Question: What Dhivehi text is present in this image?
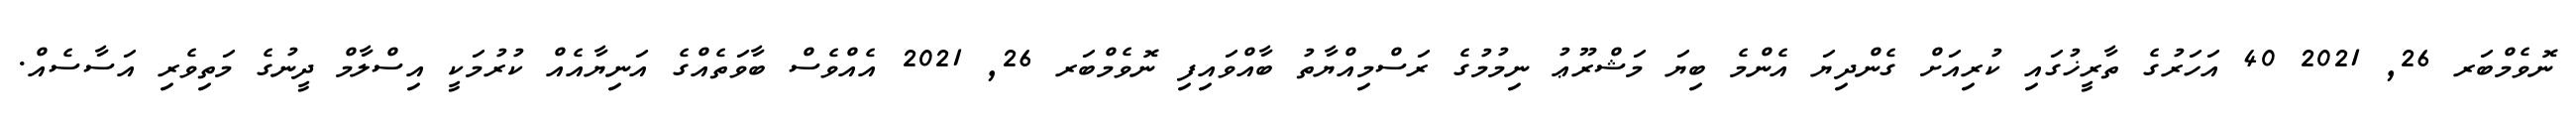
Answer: ނޮވެމްބަރ 26, 2021 40 އަހަރުގެ ތާރީޚުގައި ކުރިއަށް ގެންދިޔަ އެންމެ ބިޔަ މަޝްރޫޢު ނިމުމުގެ ރަސްމިއްޔާތު ބާއްވައިފި ނޮވެމްބަރ 26, 2021 އެއްވެސް ބާވަތެއްގެ އަނިޔާއެއް ކުރުމަކީ އިސްލާމް ދީނުގެ މަތިވެރި އަސާސެއް.